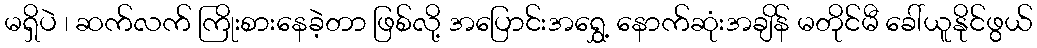
မရှိပဲ ၊ ဆက်လက် ကြိုးစားနေခဲ့တာ ဖြစ်လို့ အပြောင်းအရွှေ့ နောက်ဆုံးအချိန် မတိုင်မီ ခေါ်ယူနိုင်ဖွယ်